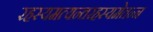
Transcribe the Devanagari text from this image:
रहस्यमत्यन्तरहस्यमेतन्न